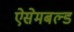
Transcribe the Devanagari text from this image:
ऐसेमबल्ड